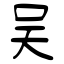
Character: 吴